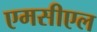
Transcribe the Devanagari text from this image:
एमसीएल